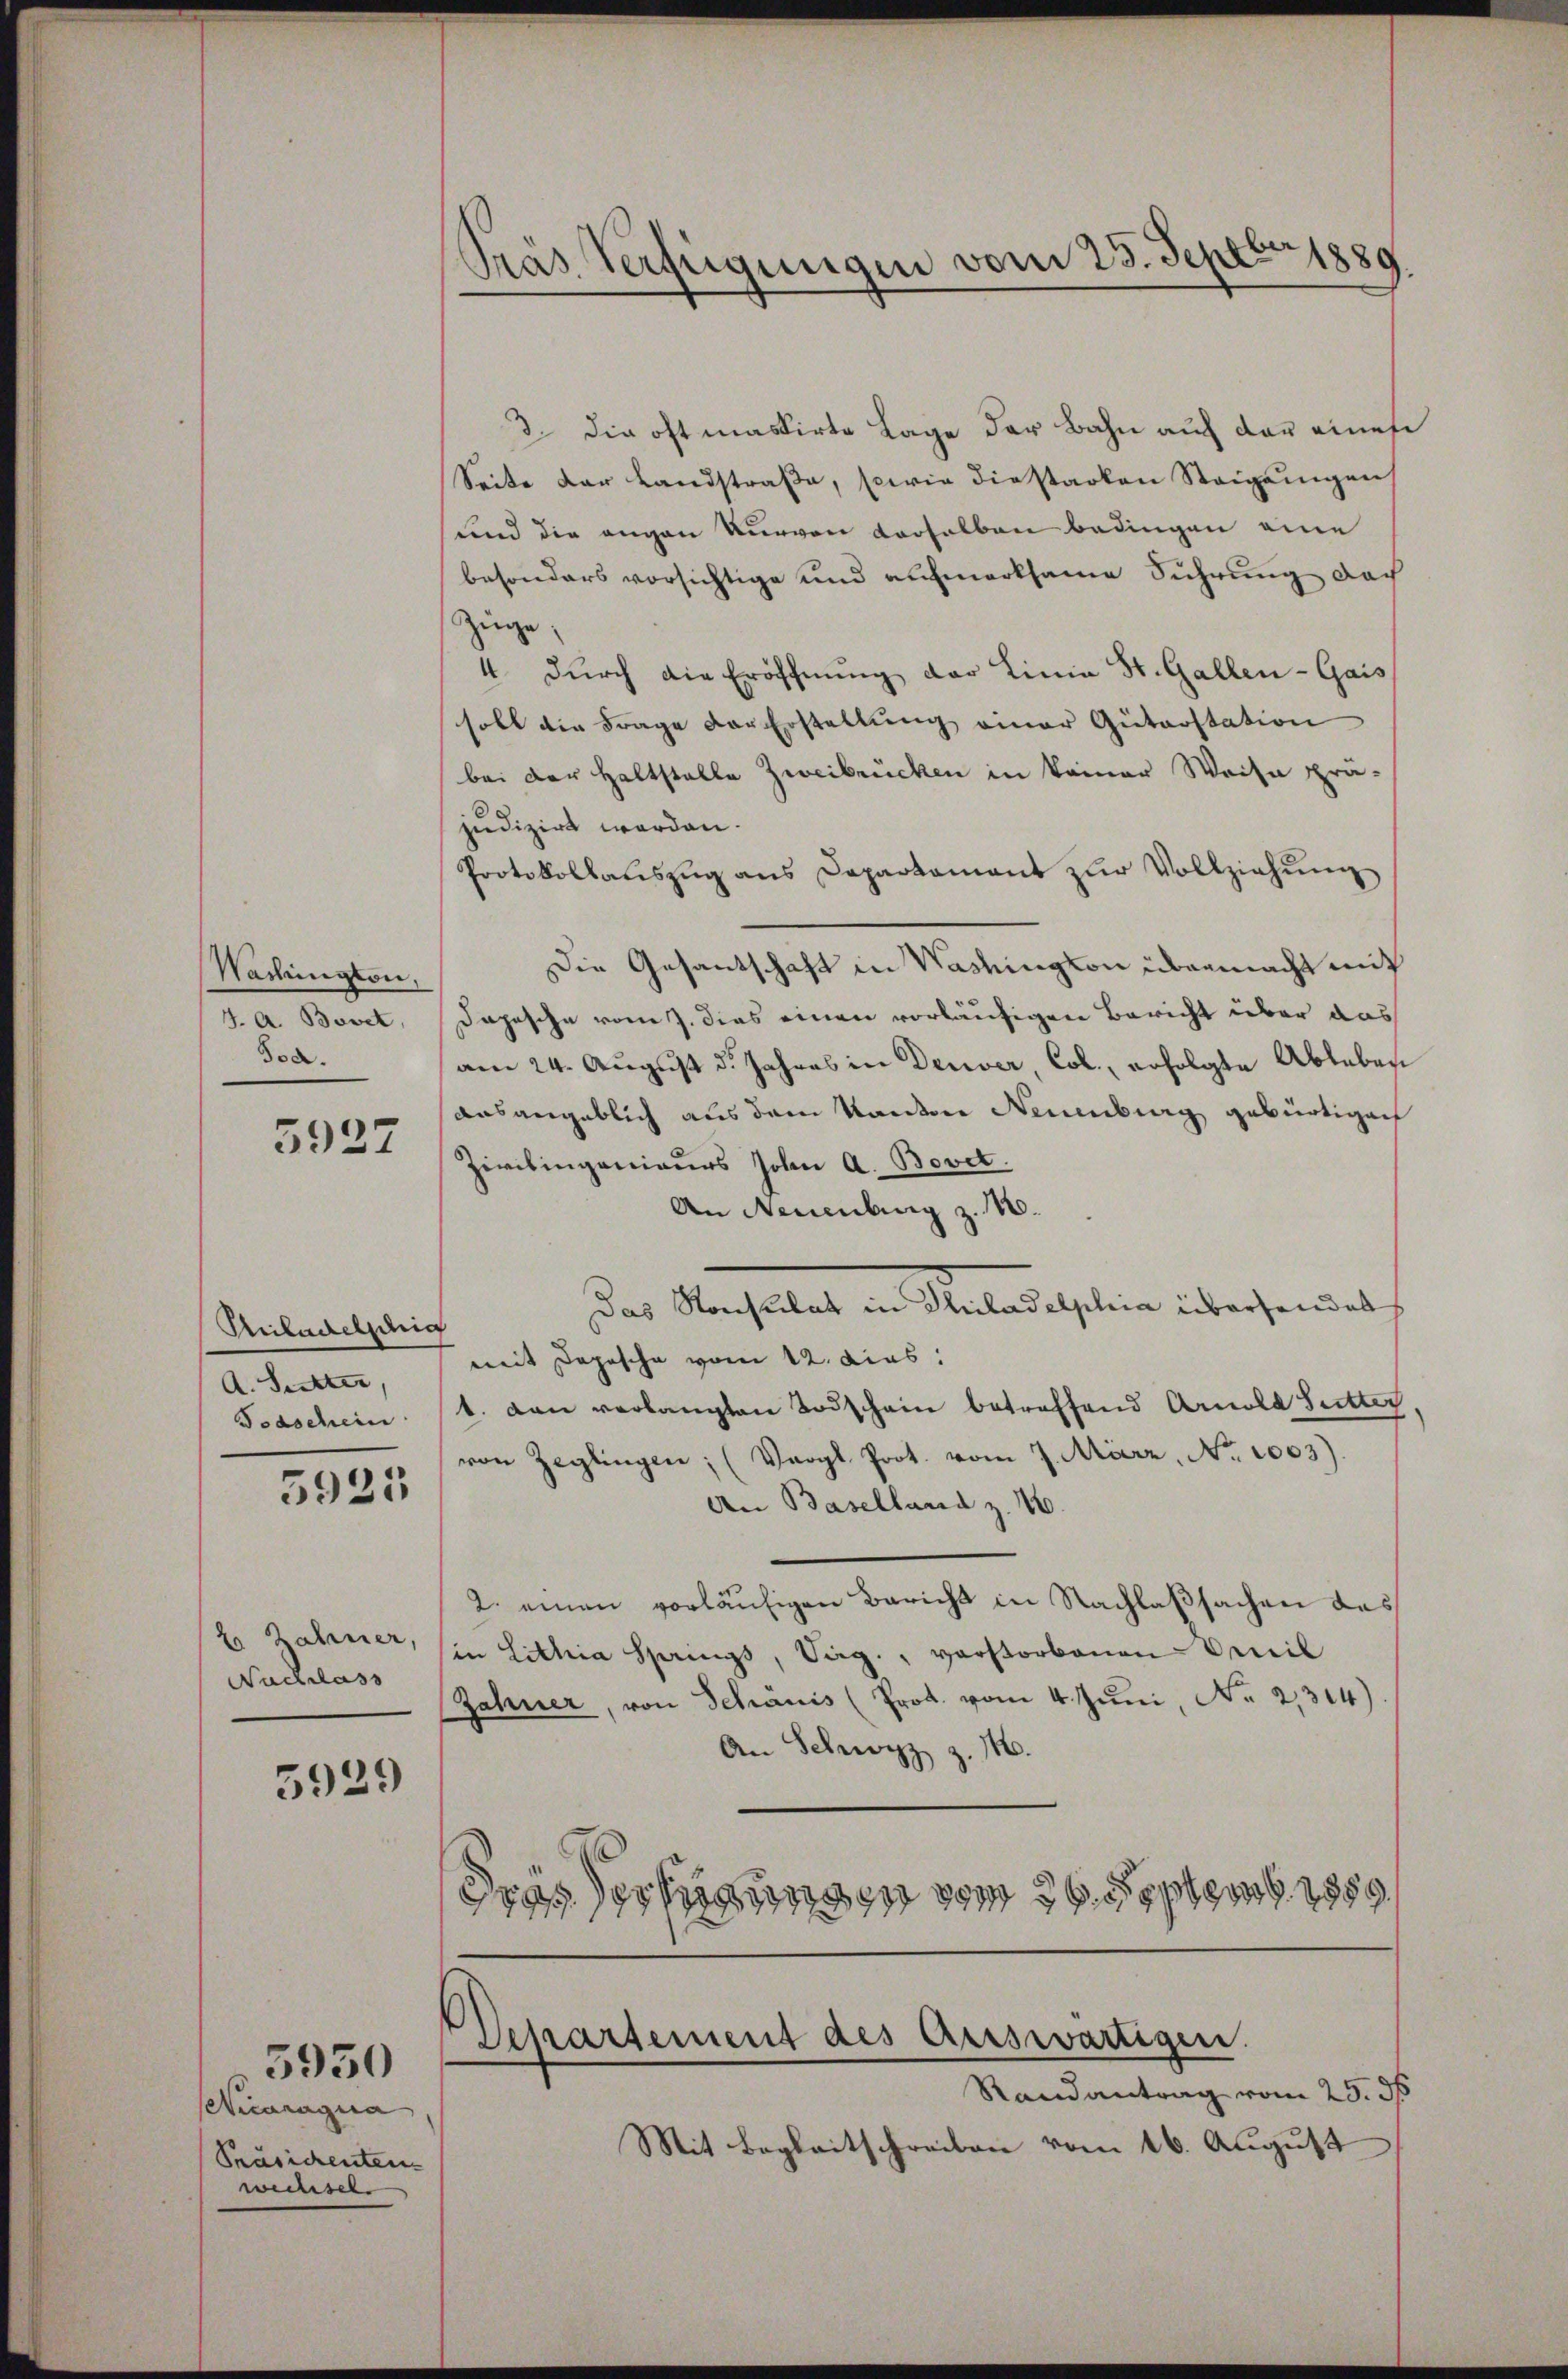
Nadlington,
J. A. Bovet,
Fod.

5927

Anbudeljährig
A. Sitter,
Todschein

5925

2 Zähner,
Nachlass

5929

Ceticaragua
Präsichenten.
wechsehe

3930

Pras Verfügungen vom 23. Septbr 1889.

3. die oftmassirte Lage der Bahn auf der eines
Seite der Landstraβe, sowie diestarken Steigungen
und die angen Kurven derselben bedingen eine
besonders vorsichtige und aufmerksame Führung doch
Züge,
4. dŭrch die Eröffnŭng der Linia St. Gallen-Gais
soll die Frage der Erstellung einer Güterstation
bei der Haltstalle Zweibrücken in keiner Weise prä-
judizirt werden.
Protokollaŭszŭg ans Departament zŭr Vollziehŭng
Die Gesantschaft in Washington übermacht mit
Depesche vom 7. dies einen vorläufigen Bericht über das
am 24. August d. Jahres in Deuver, Col., erfolgte Ableben
ausangeblich aus dem Kanton Neuenburg gebürtigen
Zivilingenieurs John A. Bovet.
An Neuenburg z. 16.
Das Konsulat in Thiladelphia überhandes
mit Depesche vom 12. dies
t. Dann verlangten Todschein betreffend Arnold Sutter
von Zeglingen; (Vergl. Prot. vom 7. März, No. 1003).
An Baselland z. 16.
2. einen vorläufigen Bericht in Nachlaßsachen des
in Lithia Springs, Sarg., verstorbenen Emil
Jahner, von Schanis (Prot. vom 4. Juni, No 2,314)
An Schwyz z. 1.
drassertigung vom 29. Septemb. 1889

Departement des Auswärtigen.
Randantrag vom 25. ds

Mit Begleitschreiben vom 16. August